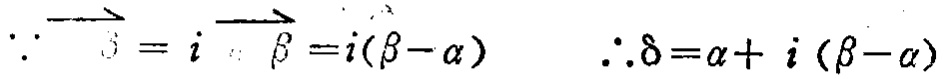
\(\because\overrightarrow{\delta}=i\overrightarrow{\beta}=i(\beta - \alpha)\)  \(\therefore\delta=\alpha + i(\beta - \alpha)\)